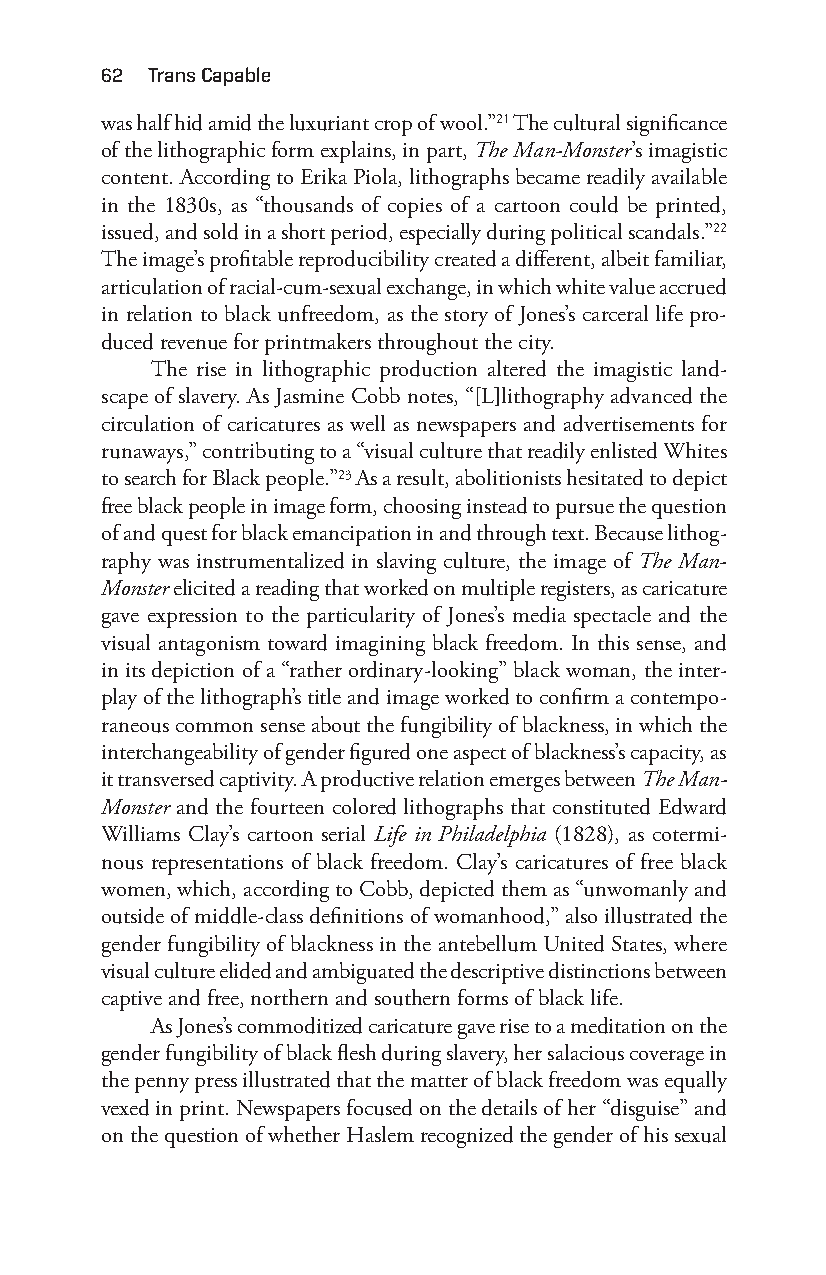
62 trans capable
 was half hid amid the luxuriant crop of wool.”21 The cultural significance
 of the lithographic form explains, in part, The Man- Monster’s imagistic
 content. According to Erika Piola, lithographs became readily available
 in the 1830s, as “thousands of copies of a cartoon could be printed,
 issued, and sold in a short period, especially during political scandals.”22
 The image’s profitable reproducibility created a different, albeit familiar,
 articulation of racial- cum- sexual exchange, in which white value accrued
 in relation to black unfreedom, as the story of Jones’s carceral life pro-
 duced revenue for printmakers throughout the city.
 The rise in lithographic production altered the imagistic land-
 scape of slavery. As Jasmine Cobb notes, “[L]lithography advanced the
 circulation of caricatures as well as newspapers and advertisements for
 runaways,” contributing to a “visual culture that readily enlisted Whites
 to search for Black people.”23 As a result, abolitionists hesitated to depict
 free black people in image form, choosing instead to pursue the question
 of and quest for black emancipation in and through text. Because lithog-
 raphy was instrumentalized in slaving culture, the image of The Man-
 Monster elicited a reading that worked on multiple registers, as caricature
 gave expression to the particularity of Jones’s media spectacle and the
 visual antagonism toward imagining black freedom. In this sense, and
 in its depiction of a “rather ordinary-l ooking” black woman, the inter-
 play of the lithograph’s title and image worked to confirm a contempo-
 raneous common sense about the fungibility of blackness, in which the
 interchangeability of gender figured one aspect of blackness’s capacity, as
 it transversed captivity. A productive relation emerges between The Man-
 Monster and the fourteen colored lithographs that constituted Edward
 Williams Clay’s cartoon serial Life in Philadelphia (1828), as cotermi-
 nous representations of black freedom. Clay’s caricatures of free black
 women, which, according to Cobb, depicted them as “unwomanly and
 outside of middle- class definitions of womanhood,” also illustrated the
 gender fungibility of blackness in the antebellum United States, where
 visual culture elided and ambiguated the descriptive distinctions between
 captive and free, northern and southern forms of black life.
 As Jones’s commoditized caricature gave rise to a meditation on the
 gender fungibility of black flesh during slavery, her salacious coverage in
 the penny press illustrated that the matter of black freedom was equally
 vexed in print. Newspapers focused on the details of her “disguise” and
 on the question of whether Haslem recognized the gender of his sexual
 Snorton.indd 62                             29/09/2017 8:41:00 AM